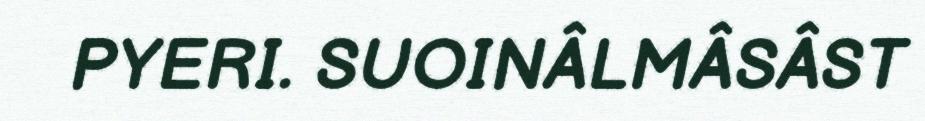
PYERI. SUOINÂLMÂSÂST